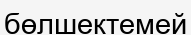
бөлшектемей